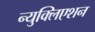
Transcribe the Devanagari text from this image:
न्युक्लिएशन